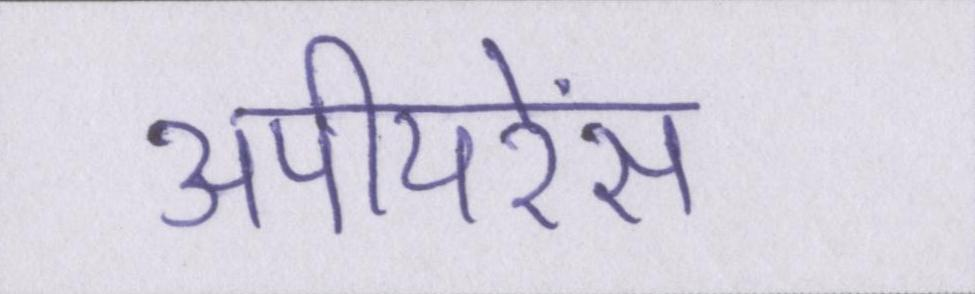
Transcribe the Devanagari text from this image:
अपीयरेंस